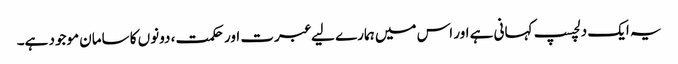
یہ ایک دلچسپ کہانی ہے اور اس میں ہمارے لیے عبرت اور حکمت ، دونوں کا سامان موجود ہے۔